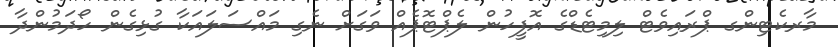
މާރކެޓިންގ ޕްރައިވެޓް ލިމިޓެޑްގެ އޮފީހުން ލެޕްޓޮޕެއް ވަގަށް ނެގި މައްސަލައަކާ ގުޅިގެން ހޯދަމުންދާ